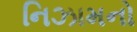
નિઝામનો